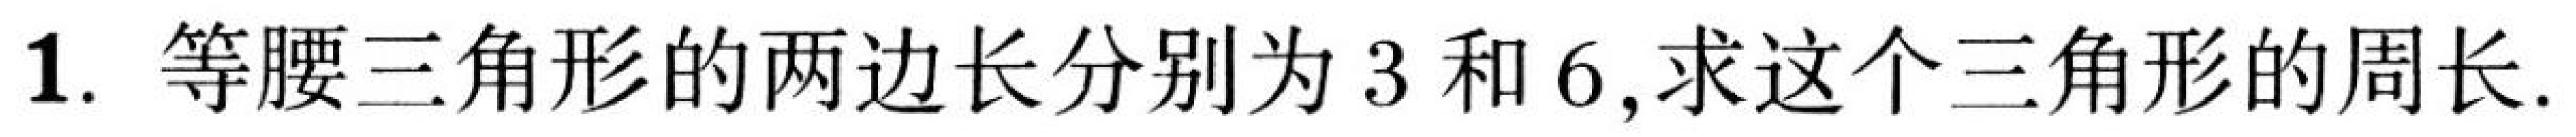
1. 等腰三角形的两边长分别为\(3\)和\(6\),求这个三角形的周长.